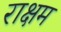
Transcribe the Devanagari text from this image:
राक्षम